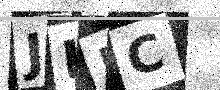
Text: JH5C